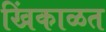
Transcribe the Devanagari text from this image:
खिंकाळत